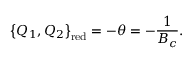
\big \{ Q _ { 1 } , Q _ { 2 } \big \} _ { \mathrm { r e d } } = - \theta = - \frac { 1 } { B _ { c } } .